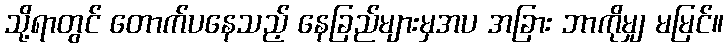
သို့ရာတွင် တောက်ပနေသည့် နေခြည်များမှအပ အခြား ဘာကိုမျှ မမြင်။